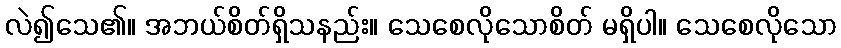
လဲ၍သေ၏။ အဘယ်စိတ်ရှိသနည်း။ သေစေလိုသောစိတ် မရှိပါ။ သေစေလိုသော